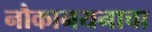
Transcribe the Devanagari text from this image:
नौकानयनाचा